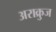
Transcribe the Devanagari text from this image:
अराक्रुज